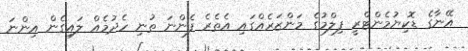
އޭނާގެ ޑޮކިޔުމެންޓްރީ ފިލްމުގެ މަންޒަރެއްގައި އެތެރެ ފެންނަ ތުނި ހެދުމެއް ލައިގެން އިންނަ